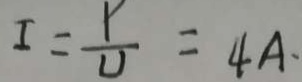
I = \frac { p } { U } = 4 A .